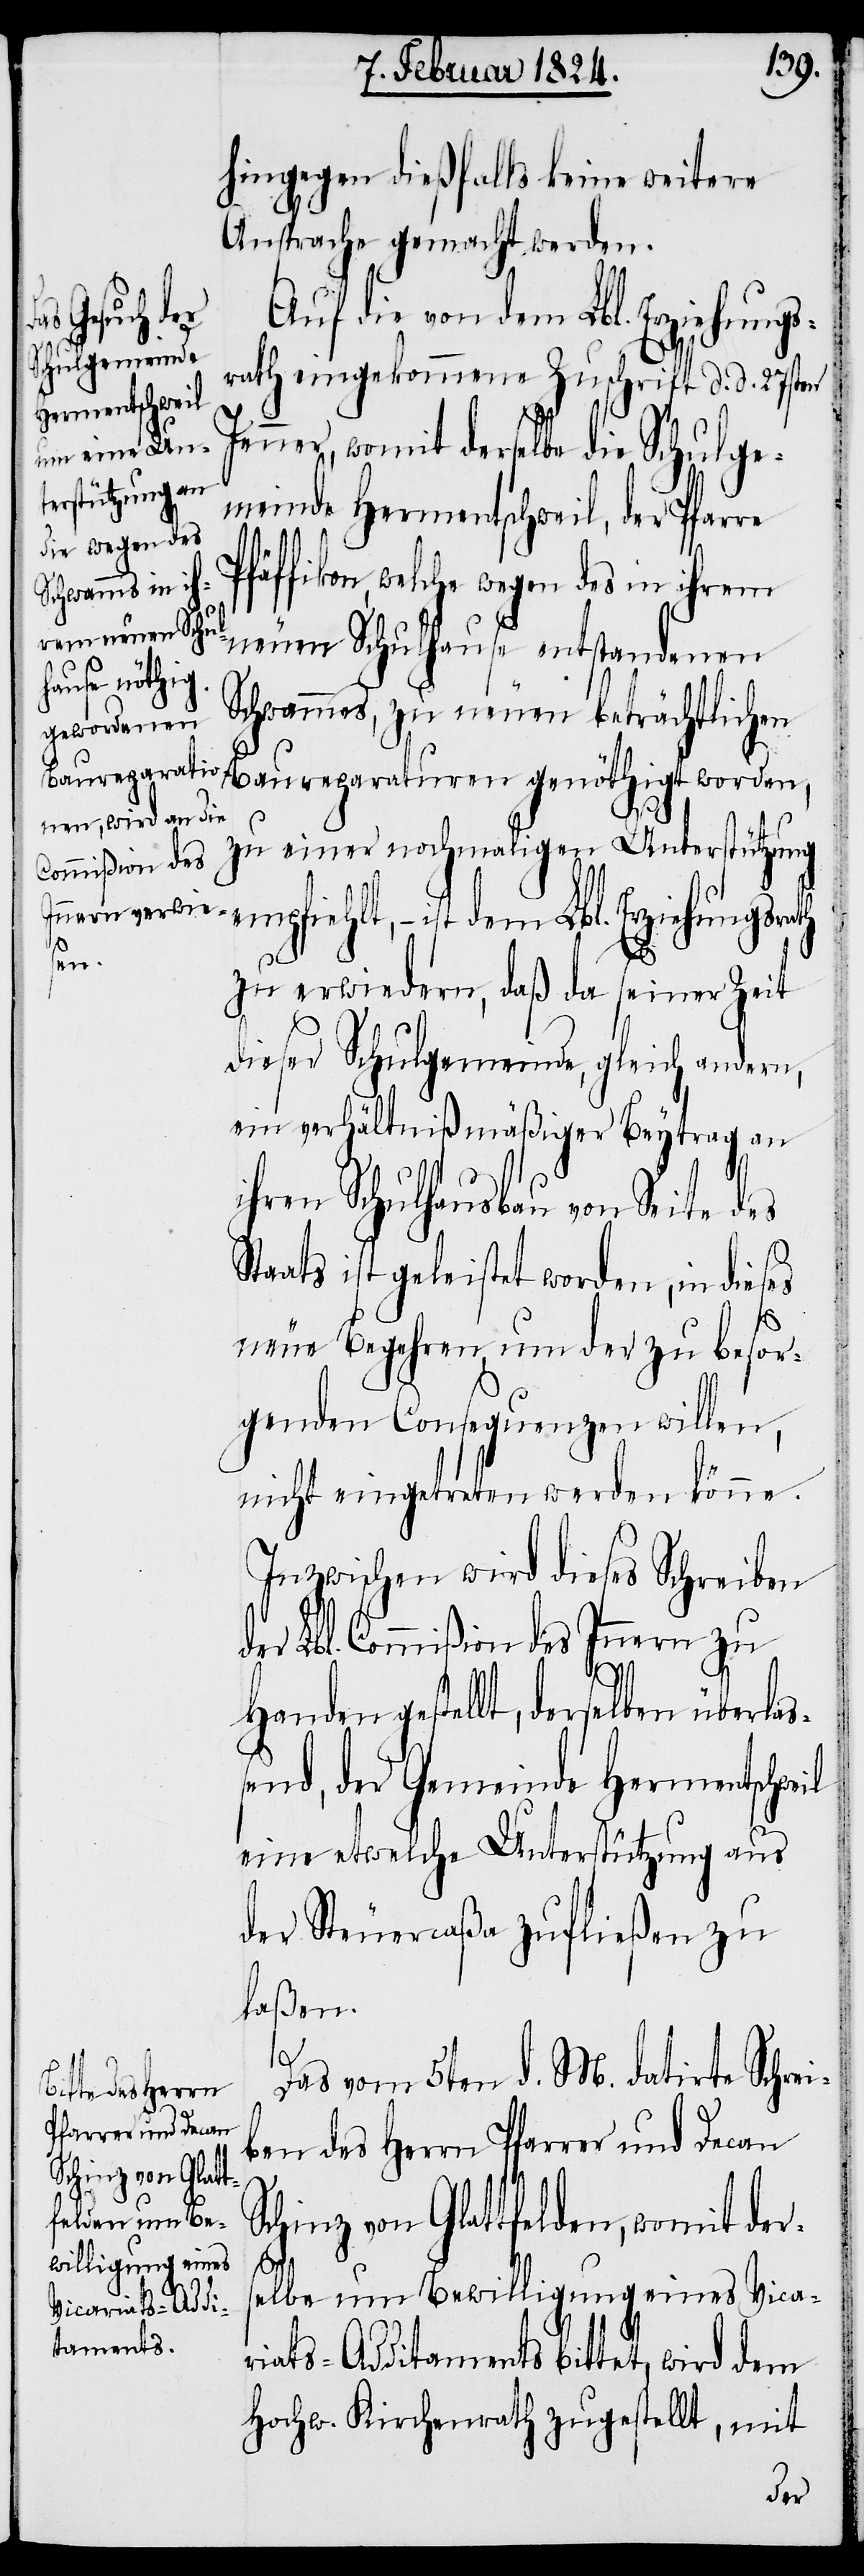
hingegen dießfalls keine weitere
Ansprache gemacht werden.
Auf die von dem Lbl. Erziehung¬
srath eingekommene Zuschrift d. d. 27sten
ner, womit derselbe die Schulge¬
meinde Hermentschweil, der Pfarre
Pfäffikon, welche wegen des in ihrem
neuen Schulhause entstandenen
Schwammes, zu neuen beträchtlichen
Baureparaturen genöthigt worden,
zu einer nochmaligen Unterstützung
– ist dem Lbl. Erziehungsrath
zu erwiedern, daß da seiner Zeit
dieser Schulgemeinde, gleich andere,
ein verhältnißmäßiger Beytrag an
ihren Schulhausbau von Seite des
Staats geleistet worden, in dieses
neue Begehren um der zu besor¬
genden Consequenzen willen,
nicht eingetreten werden könne.
Inzwischen wird dieses Schreiben
der Lbl. Commißion des Innern zu
Handen gestellt, derselben überlaß¬
end, der Gemeinde Hermentschweil
eine etwelche Unterstützung aus
der Steuercaßa zufließen zu
laßen.
Das vom 5ten d. M. datirte Schrei¬
ben des Herrn Pfarrer und Decan
chinz von Glattfelden, womit der¬
S¬
selbe um Bewilligung eines Vicar¬
iats-Additaments bittet, wird dem
Hochw. Kirchenrath zugestellt, mit